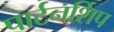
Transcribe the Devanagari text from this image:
पार्टनर्शिप